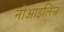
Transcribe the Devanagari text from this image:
नोआइलिस